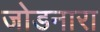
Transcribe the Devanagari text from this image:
जोडनारा